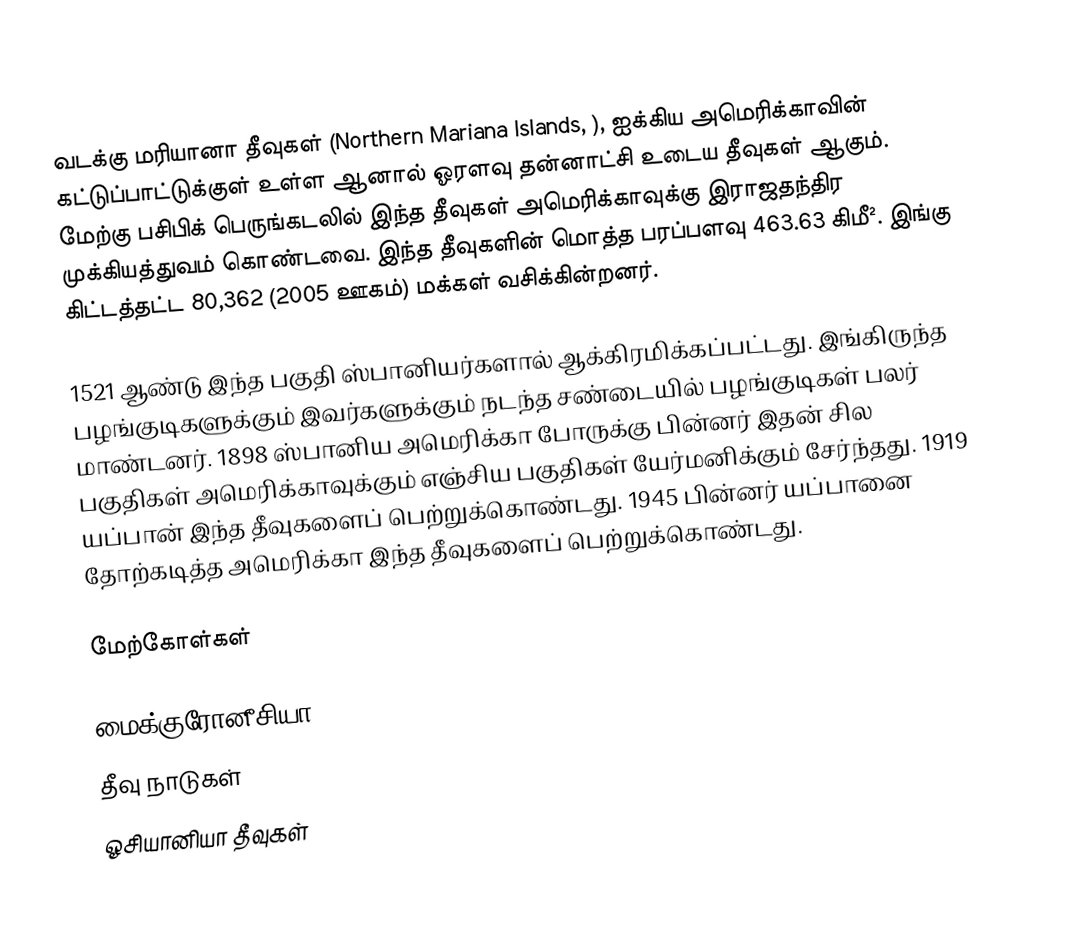
வடக்கு மரியானா தீவுகள் (Northern Mariana Islands, ), ஐக்கிய அமெரிக்காவின் கட்டுப்பாட்டுக்குள் உள்ள ஆனால் ஓரளவு தன்னாட்சி உடைய தீவுகள் ஆகும்.  மேற்கு பசிபிக் பெருங்கடலில் இந்த தீவுகள் அமெரிக்காவுக்கு இராஜதந்திர முக்கியத்துவம் கொண்டவை.  இந்த தீவுகளின் மொத்த பரப்பளவு 463.63 கிமீ².  இங்கு கிட்டத்தட்ட 80,362 (2005 ஊகம்) மக்கள் வசிக்கின்றனர்.

1521 ஆண்டு இந்த பகுதி ஸ்பானியர்களால் ஆக்கிரமிக்கப்பட்டது. இங்கிருந்த பழங்குடிகளுக்கும் இவர்களுக்கும் நடந்த சண்டையில் பழங்குடிகள் பலர் மாண்டனர்.  1898 ஸ்பானிய அமெரிக்கா போருக்கு பின்னர் இதன் சில பகுதிகள் அமெரிக்காவுக்கும் எஞ்சிய பகுதிகள் யேர்மனிக்கும் சேர்ந்தது.  1919 யப்பான் இந்த தீவுகளைப் பெற்றுக்கொண்டது.  1945 பின்னர் யப்பானை தோற்கடித்த அமெரிக்கா இந்த தீவுகளைப் பெற்றுக்கொண்டது.

மேற்கோள்கள்

மைக்குரோனீசியா
தீவு நாடுகள்
ஓசியானியா தீவுகள்